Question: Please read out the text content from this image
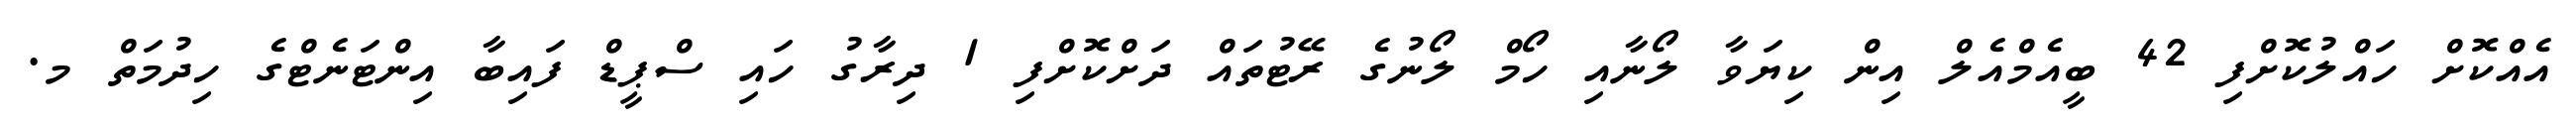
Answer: އެއްކޮށް ހައްލުކޮށްފި 42 ބީއެމްއެލް އިން ކިޔަވާ ލޯނާއި ހޯމް ލޯނުގެ ރޭޓުތައް ދަށްކޮށްފި 1 ދިރާގު ހައި ސްޕީޑް ފައިބާ އިންޓަނެޓްގެ ހިދުމަތް މ.